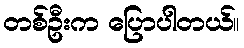
တစ်ဦးက ပြောပါတယ်။